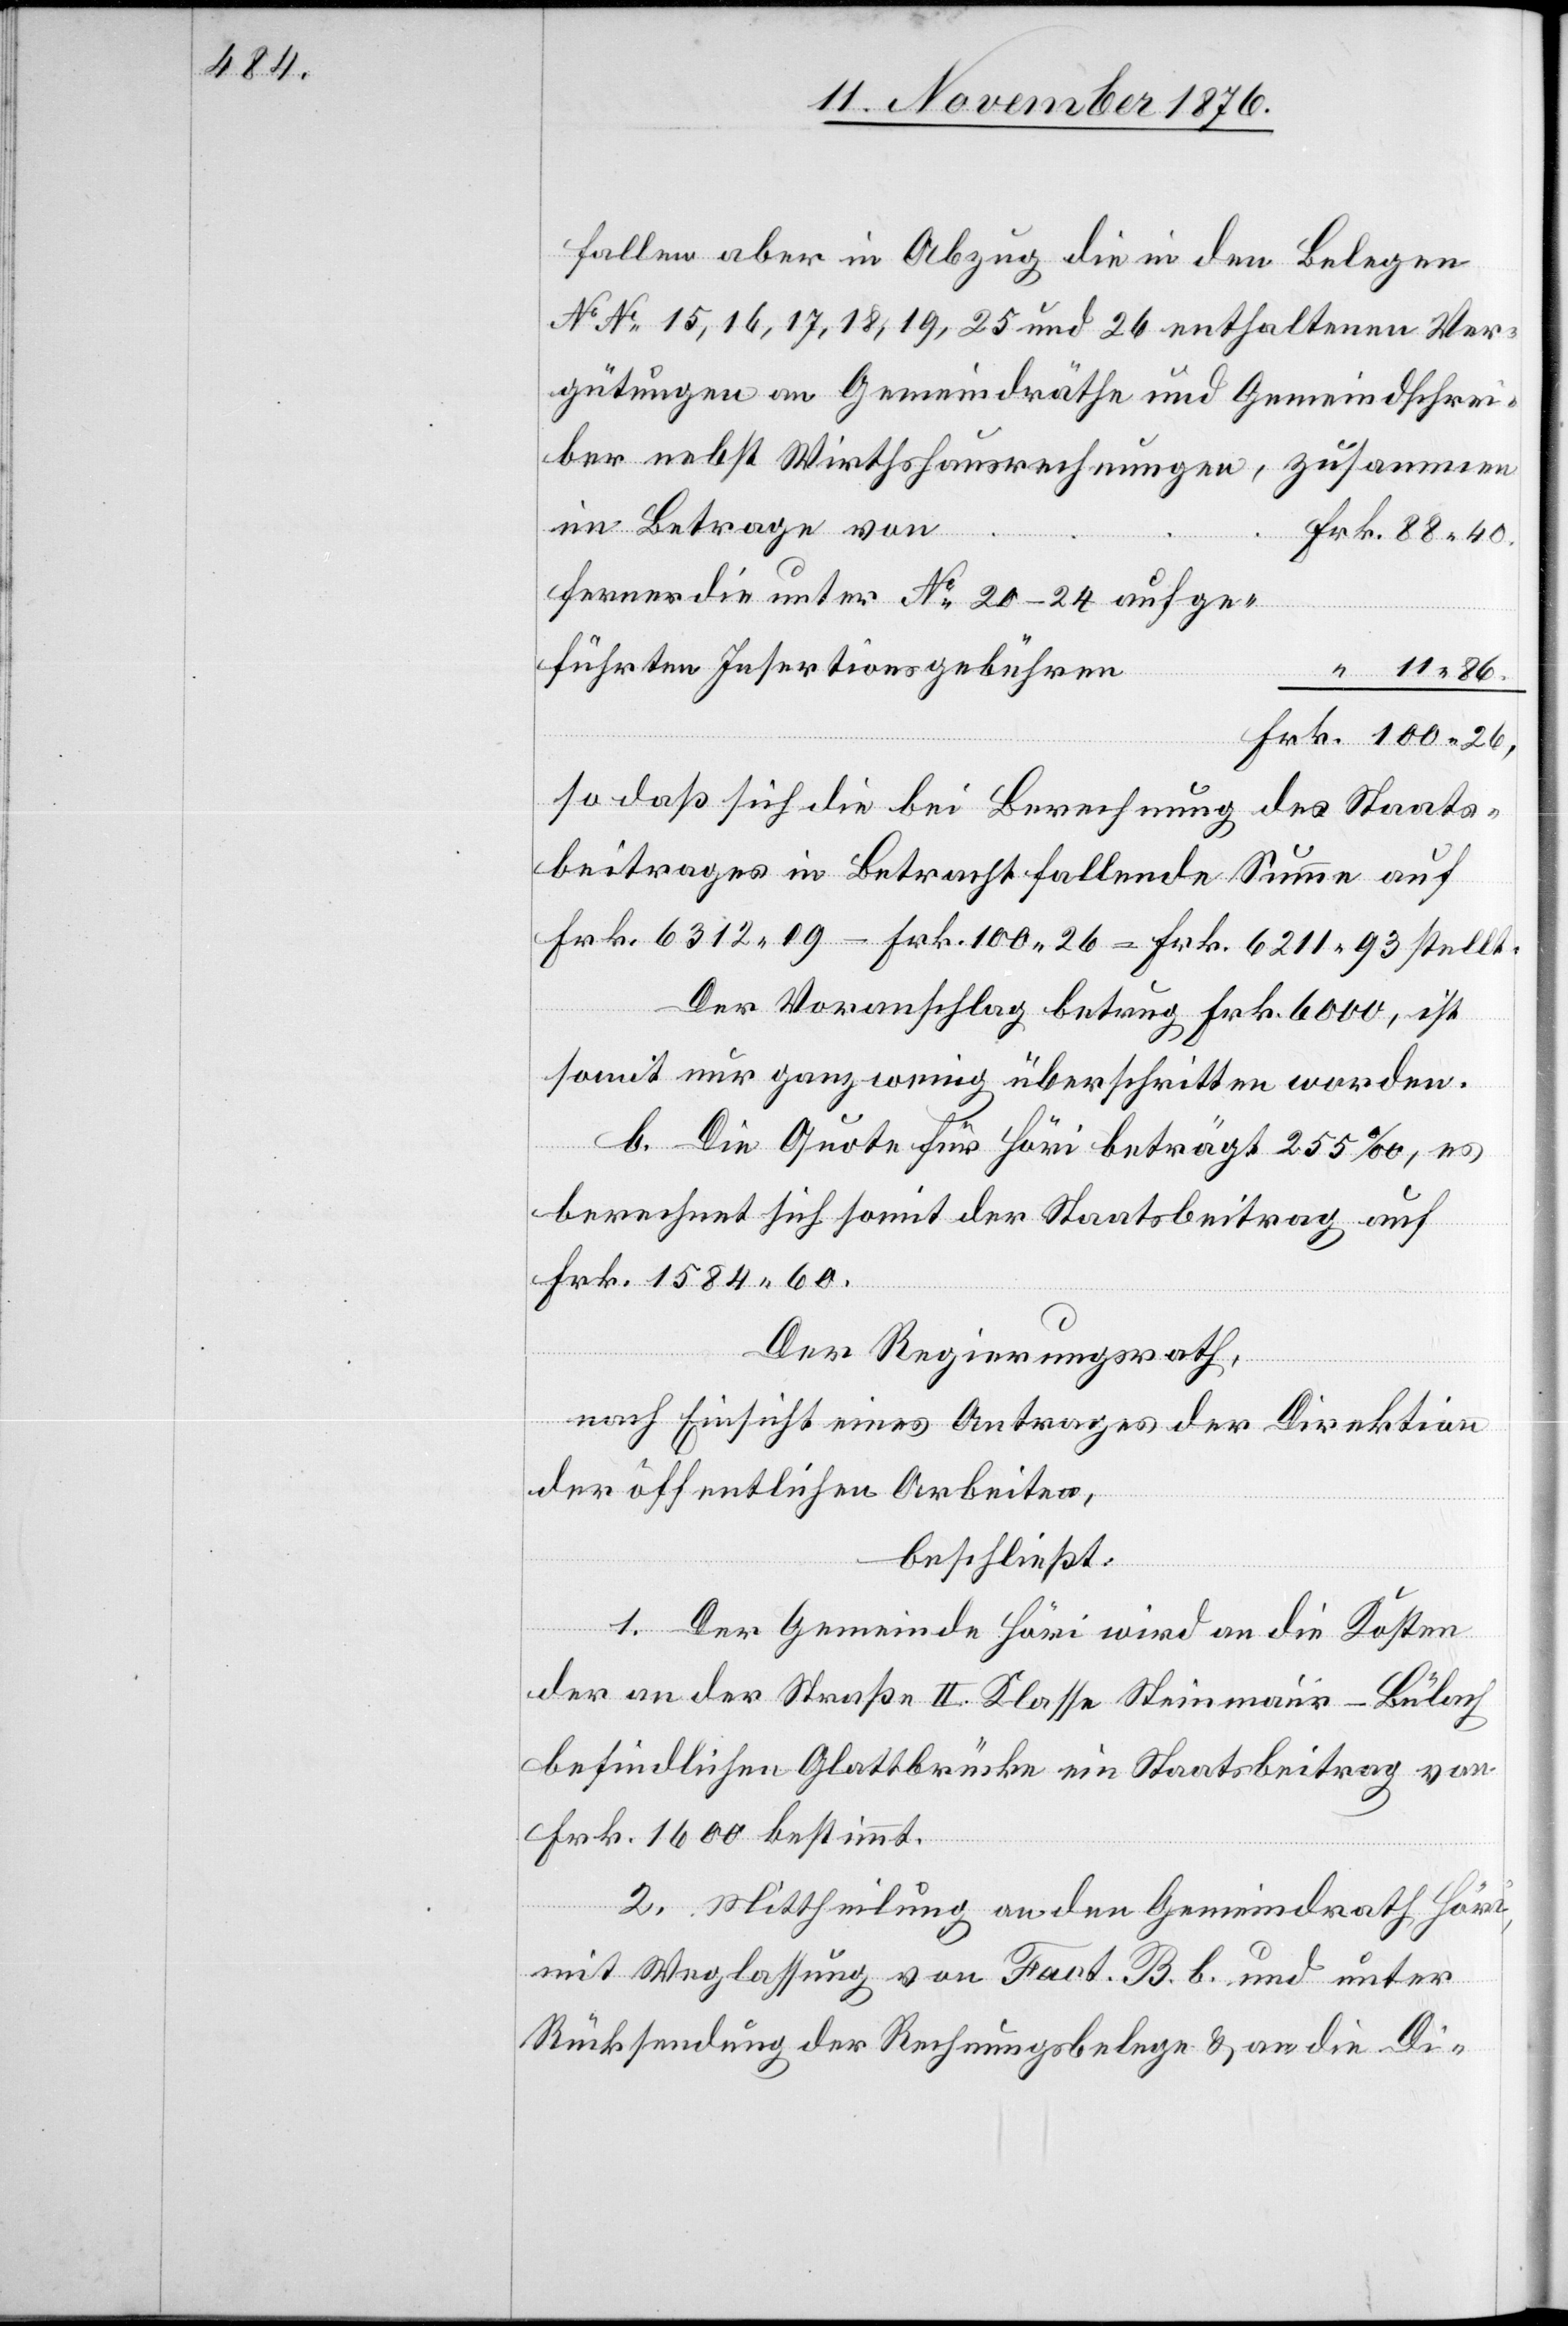
88 40.

fallen aber in Abzug die in den Belegen
No 15, 16, 17, 18, 19, 25 und 26 enthaltenen Ver¬
gütungen an Gemeindräthe und Gemeindschrei¬
ber nebst Wirthshausrechnungen, zusammen
im Betrage von
Frk.
ferner die unter No 20–24 aufge¬
führten Insertionsgebühren
so daß sich die bei Berechnung des Staats¬
beitrages in Betracht fallende Summe auf
Frk. 6312 09 – Frk. 100 26 = Frk. 6211 93 stellt.
Der Voranschlag betrug Frk. 6000, ist
somit nur ganz wenig überschritten worden.
b. Die Quote für Höri beträgt 255‰, es
berechnet sich somit der Staatsbeitrag auf
Frk. 1584 60.
Der Regierungsrath,
nach Einsicht eines Antrages der Direktion
der öffentlichen Arbeiten,
beschließt:
1. Der Gemeinde Höri wird an die Kosten
der an der Straße II. Klasse Steinmaur–Bülach
befindlichen Glattbrücke ein Staatsbeitrag von
26,
Frk. 1600 bestimmt.
2. Mittheilung an den Gemeindrath Höri,
mit Weglassung von Fact B. b. und unter
Rücksendung der Rechnungsbelege & an die Di-